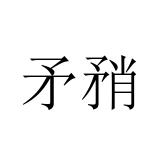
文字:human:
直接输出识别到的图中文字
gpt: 矛矟